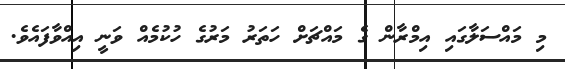
މި މައްސަލާގައި އިމްރާން ގެ މައްޗަށް ހަތަރު މަރުގެ ހުކުމެއް ވަނީ އިއްވާފައެވެ.